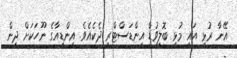
އޭނާ ރުޅި އައީ މުޅި ބޮލީވުޑް އިންޑަސްޓްރީ ދެކެއެވެ. އިންޑިއާގެ ނޫހަކަށް ދިން